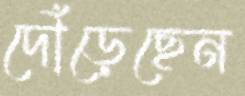
দৌঁড়েছেন